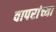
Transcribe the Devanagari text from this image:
वापरांच्या